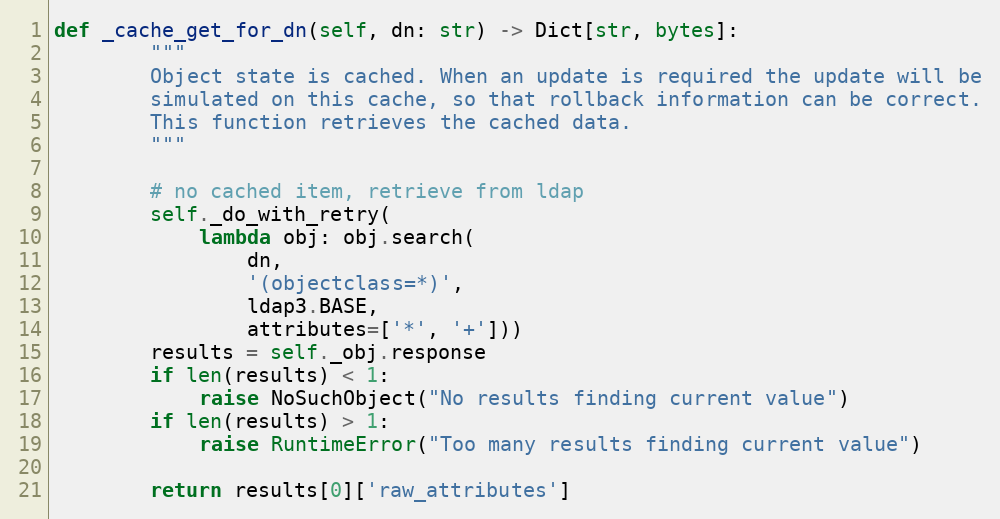
Language: Python
def _cache_get_for_dn(self, dn: str) -> Dict[str, bytes]:
        """
        Object state is cached. When an update is required the update will be
        simulated on this cache, so that rollback information can be correct.
        This function retrieves the cached data.
        """

        # no cached item, retrieve from ldap
        self._do_with_retry(
            lambda obj: obj.search(
                dn,
                '(objectclass=*)',
                ldap3.BASE,
                attributes=['*', '+']))
        results = self._obj.response
        if len(results) < 1:
            raise NoSuchObject("No results finding current value")
        if len(results) > 1:
            raise RuntimeError("Too many results finding current value")

        return results[0]['raw_attributes']